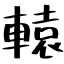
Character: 轅